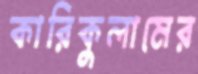
কারিকুলামের